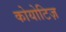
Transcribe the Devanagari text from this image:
कोयोटिज़